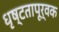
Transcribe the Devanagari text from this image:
धृष्टतापूर्वक